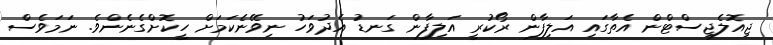
ޖިއޮލެޖިސްޓްން އެތާގައި އަލިފާން ރޯކުރީ އަލިފާން ގަނޑު އެދުވަހު ނިވޭނެކަމަށް ހީކޮށްގެނެންވެ. ނަމަވެސް